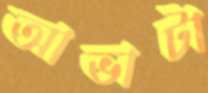
আভাটা